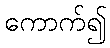
ကောက်၍